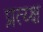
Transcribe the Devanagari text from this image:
प्रत्य्क्ष